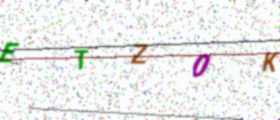
Text: ETZ0K